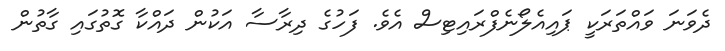
ދެވަނަ ވައްތަރަކީ ޕައިއެލޯނެފްރައިޓިސް އެވެ. ފަހުގެ ދިރާސާ އަކުން ދައްކާ ގޮތުގައި ގާތުން